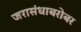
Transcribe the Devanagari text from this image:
जरासंधाबरोबर